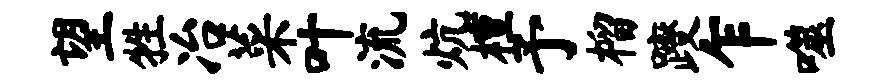
望牲冶菜叶流炕檀予榴躞乍噬